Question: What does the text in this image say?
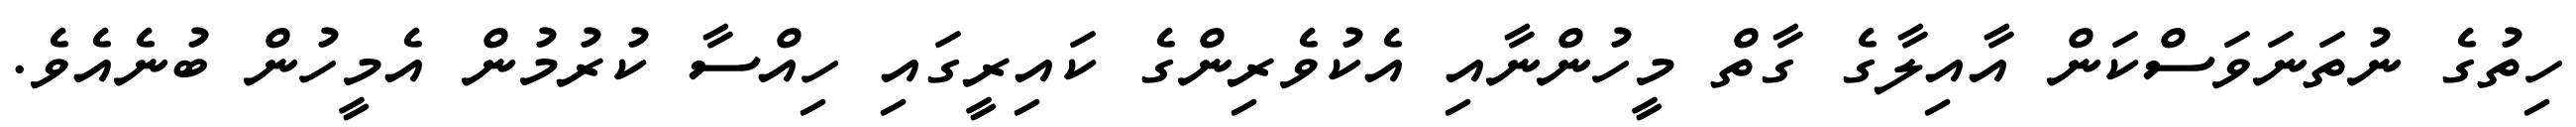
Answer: ހިތުގެ ނުތަނަވަސްކަން އާއިލާގެ ގާތް މީހުންނާއި އެކުވެރިންގެ ކައިރީގައި ހިއްސާ ކުރުމުން އެމީހުން ބުނެއެވެ.